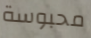
محبوسة